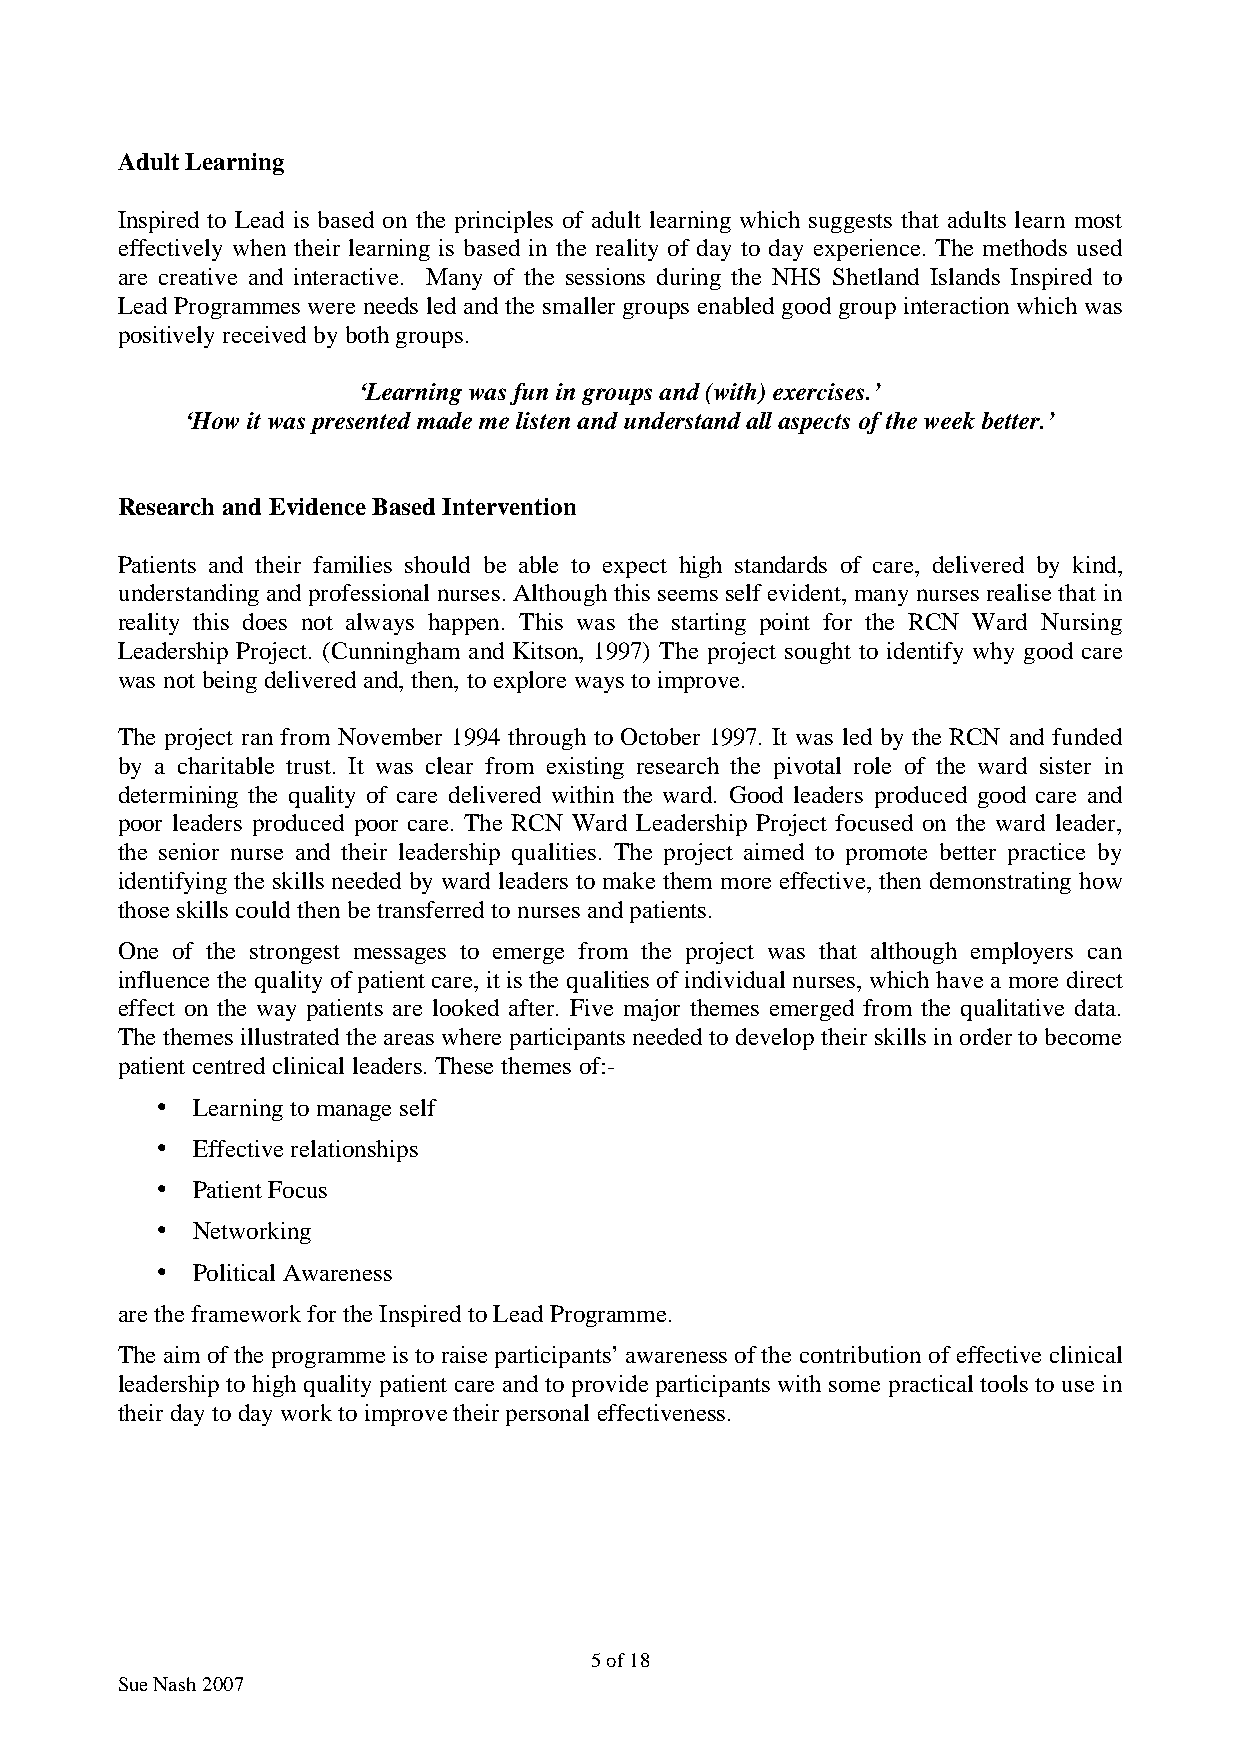
Adult Learning
 Inspired to Lead is based on the principles of adult learning which suggests that adults learn most
 effectively when their learning is based in the reality of day to day experience. The methods used
 are creative and interactive. Many of the sessions during the NHS Shetland Islands Inspired to
 Lead Programmes were needs led and the smaller groups enabled good group interaction which was
 positively received by both groups.
 ‘Learning was fun in groups and (with) exercises.’
 ‘How it was presented made me listen and understand all aspects of the week better.’
 Research and Evidence Based Intervention
 Patients and their families should be able to expect high standards of care, delivered by kind,
 understanding and professional nurses. Although this seems self evident, many nurses realise that in
 reality this does not always happen. This was the starting point for the RCN Ward Nursing
 Leadership Project. (Cunningham and Kitson, 1997) The project sought to identify why good care
 was not being delivered and, then, to explore ways to improve.
 The project ran from November 1994 through to October 1997. It was led by the RCN and funded
 by a charitable trust. It was clear from existing research the pivotal role of the ward sister in
 determining the quality of care delivered within the ward. Good leaders produced good care and
 poor leaders produced poor care. The RCN Ward Leadership Project focused on the ward leader,
 the senior nurse and their leadership qualities. The project aimed to promote better practice by
 identifying the skills needed by ward leaders to make them more effective, then demonstrating how
 those skills could then be transferred to nurses and patients.
 One of the strongest messages to emerge from the project was that although employers can
 influence the quality of patient care, it is the qualities of individual nurses, which have a more direct
 effect on the way patients are looked after. Five major themes emerged from the qualitative data.
 The themes illustrated the areas where participants needed to develop their skills in order to become
 patient centred clinical leaders. These themes of:-
 •  Learning to manage self
 •  Effective relationships
 •  Patient Focus
 •  Networking
 •  Political Awareness
 are the framework for the Inspired to Lead Programme.
 The aim of the programme is to raise participants’ awareness of the contribution of effective clinical
 leadership to high quality patient care and to provide participants with some practical tools to use in
 their day to day work to improve their personal effectiveness.
 5 of 18
 Sue Nash 2007